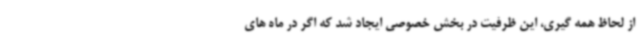
از لحاظ همه گیری، این ظرفیت در بخش خصوصی ایجاد شد که اگر در ماه های